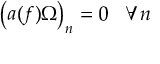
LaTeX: z _ { \alpha } = q _ { \alpha } ^ { 1 } + i q _ { \alpha } ^ { 2 } , \quad \bar { z } _ { \alpha } = q _ { \alpha } ^ { 1 } - i q _ { \alpha } ^ { 2 } .